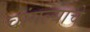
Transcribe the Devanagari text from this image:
चांगल्याचे